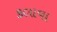
કલાવા